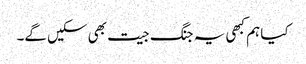
کیا ہم کبھی یہ جنگ جیت بھی سکیں گے۔